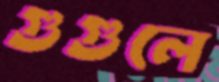
গুগুলে